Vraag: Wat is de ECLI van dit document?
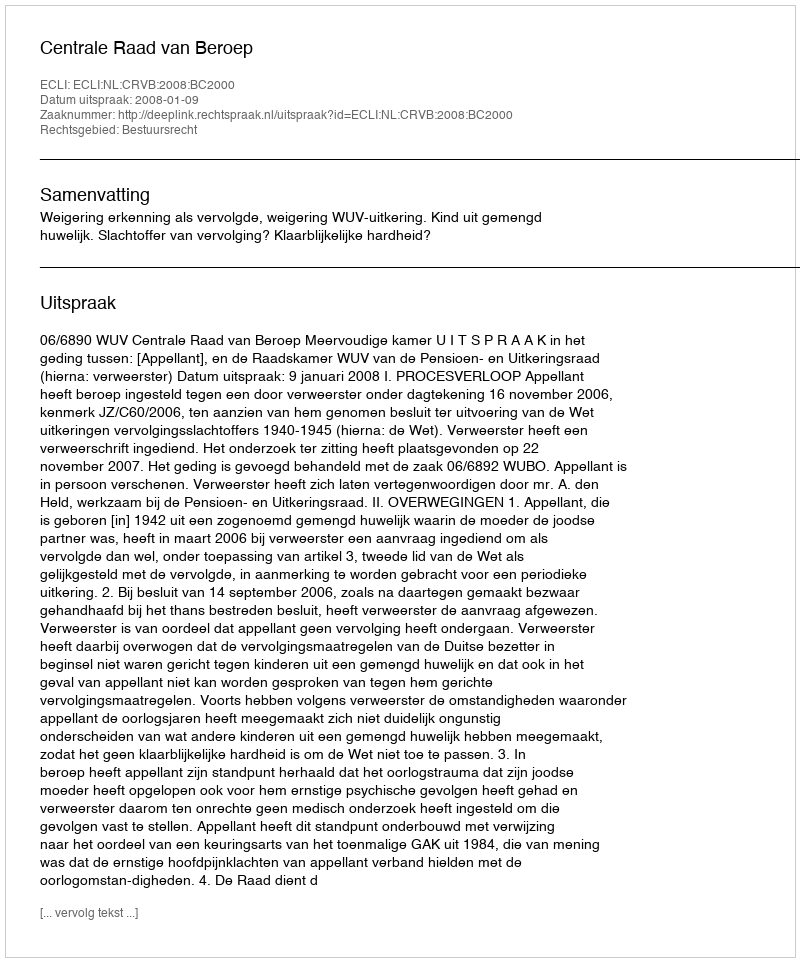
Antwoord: ECLI:NL:CRVB:2008:BC2000